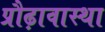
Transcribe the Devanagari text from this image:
प्रौढ़ावास्था